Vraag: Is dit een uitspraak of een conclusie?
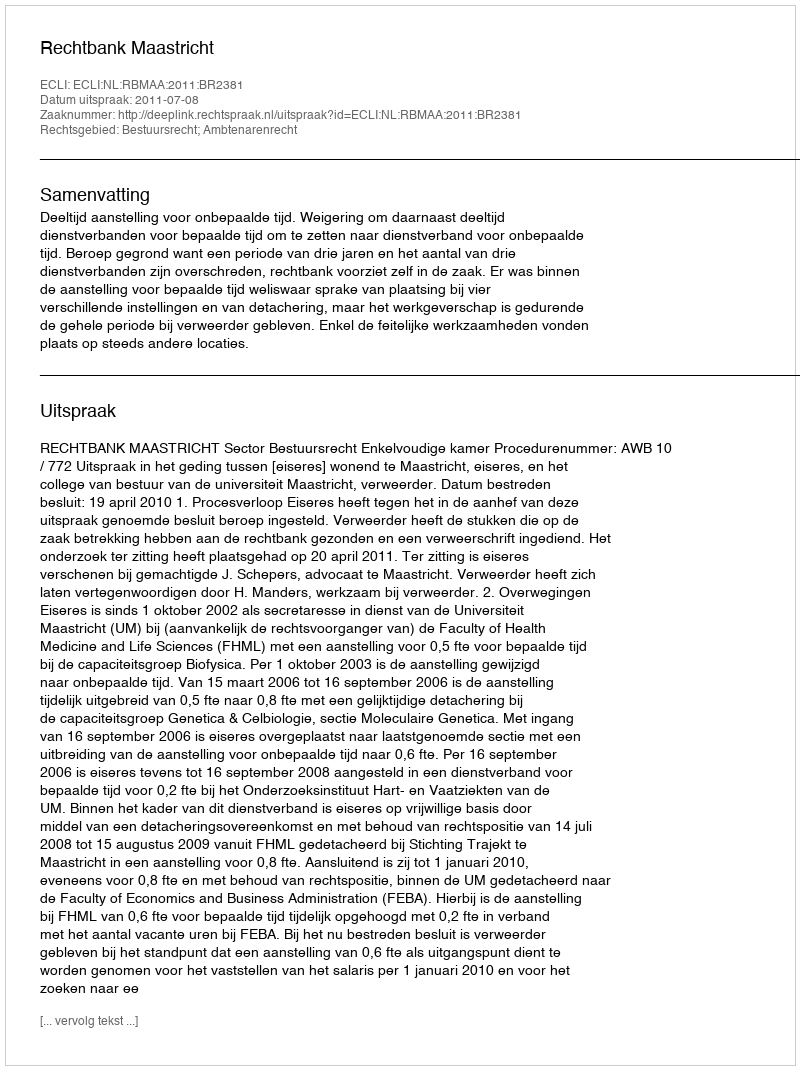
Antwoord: Uitspraak